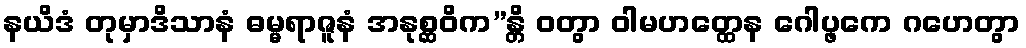
နယိဒံ တုမှာဒိသာနံ ဓမ္မရာဇူနံ အနုစ္ဆဝိက”န္တိ ဝတွာ ဝါမဟတ္ထေန ဂေါပ္ဖကေ ဂဟေတွာ